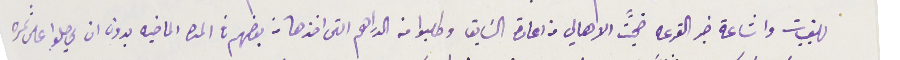
للقبيات واشاعة خبر القرعه ضجًت الاهالي من اعادة السَابق وطلبوا منه الدراهم التى اخذها من بعضهم في المده الماضيه بدون ان يحصلوا على ثمره